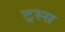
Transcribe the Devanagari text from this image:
ट्रस्स